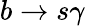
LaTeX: b\to s\gamma